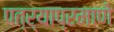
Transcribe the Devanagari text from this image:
पत्र्याप्रमाणे